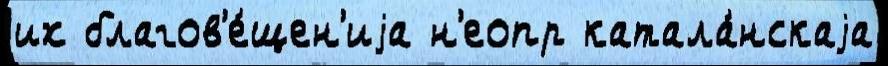
их благов'е́щен'иjа н'еопр катала́нскаjа